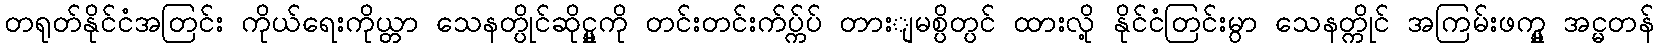
တရုတ်နိုင်ငံအတြင်း ကိုယ်ရေးကိုယ္တာ သေနတ္ပိုင်ဆိုင္မှုကို တင်းတင်းက်ပ္က်ပ် တားျမစ္ပိတ္ပင် ထားလို့ နိုင်ငံတြင်းမွာ သေနတ္ကိုင် အကြမ်းဖက္မှု အင္မတန်